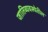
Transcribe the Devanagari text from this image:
जातिव्यवस्थेतील